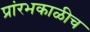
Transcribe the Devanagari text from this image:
प्रांरभकाळीच